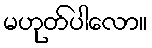
မဟုတ်ပါလော။